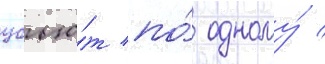
убью́т по́ одному́ /